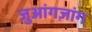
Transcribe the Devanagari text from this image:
ज़ुआंगज़ांग